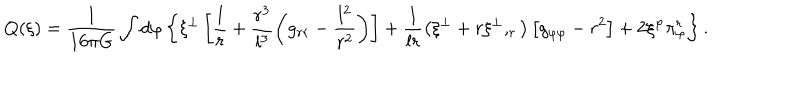
Q ( \xi ) = \frac { 1 } { 1 6 \pi G } \int d \varphi \left\{ \xi ^ { \perp } \left[ \frac { l } { r } + \frac { r ^ { 3 } } { l ^ { 3 } } \left( g _ { r r } - \frac { l ^ { 2 } } { r ^ { 2 } } \right) \right] + \frac { 1 } { l r } \left( \xi ^ { \perp } + r \xi ^ { \perp } , _ { r } \right) \left[ g _ { \varphi \varphi } - r ^ { 2 } \right] + 2 \xi ^ { \varphi } \pi _ { \varphi } ^ { r } \right\} .